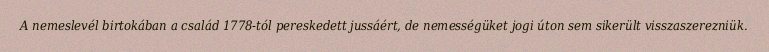
A nemeslevél birtokában a család 1778-tól pereskedett jussáért, de nemességüket jogi úton sem sikerült visszaszerezniük.